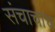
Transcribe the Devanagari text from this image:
संचाचाच